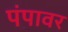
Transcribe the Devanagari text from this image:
पंपावर